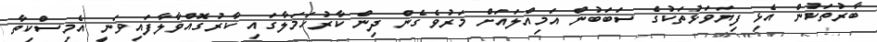
ބާރުތަކުން އެޅި ފިޔަވަޅުތަކުގެ ސަބަބުން އަމިއްލައަށް މަރުވެގެން ދިން ކާރުހަމަލާގައި ކާރުގޮއްވާލާފައިވަނީ އެމިސްކިތާ